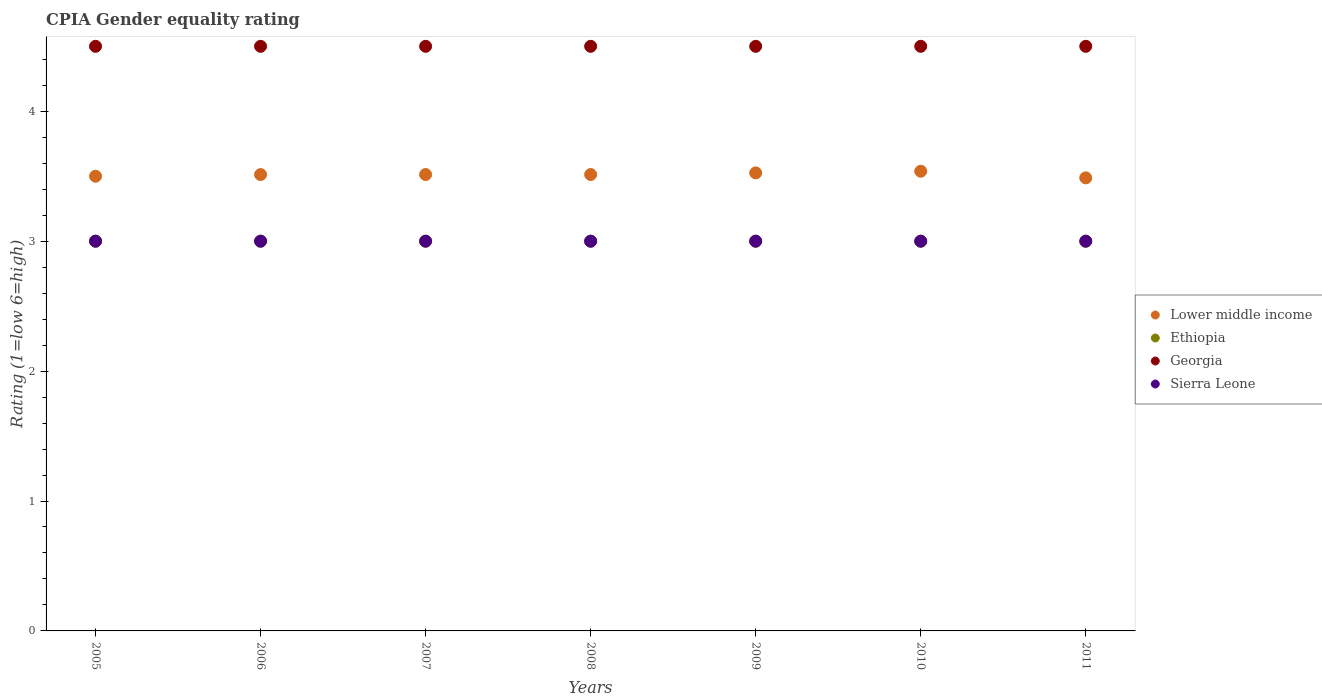
| Years | Lower middle income | Ethiopia | Georgia | Sierra Leone |
 | --- | --- | --- | --- | --- |
 | 2005 | 3.5 | 3 | 4.5 | 3 |
 | 2006 | 3.51 | 3 | 4.5 | 3 |
 | 2007 | 3.51 | 3 | 4.5 | 3 |
 | 2008 | 3.51 | 3 | 4.5 | 3 |
 | 2009 | 3.53 | 3 | 4.5 | 3 |
 | 2010 | 3.54 | 3 | 4.5 | 3 |
 | 2011 | 3.49 | 3 | 4.5 | 3 |